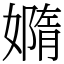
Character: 嫷